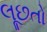
લૂછતો